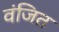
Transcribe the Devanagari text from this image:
वंजित